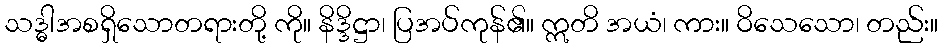
သဒ္ဓါအစရှိသောတရားတို့ ကို။ နိဒ္ဒိဋ္ဌာ၊ ပြအပ်ကုန်၏။ ဣတိ အယံ၊ ကား။ ဝိသေသော၊ တည်း။